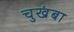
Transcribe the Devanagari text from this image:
चुखंबा